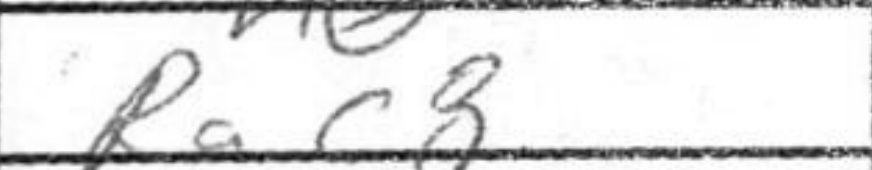
Transcription: Rac8